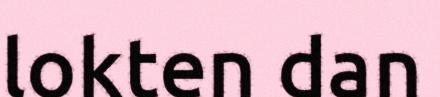
lokten dan